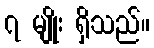
၇ မျိုး ရှိသည်။